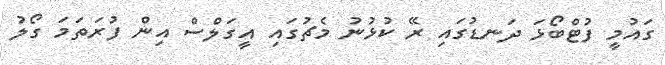
ގައުމީ ފުޓްބޯޅަ ދަނޑުގައި ރޭ ކުޅުނު މެޗުގައި އީގަލްސް އިން ފުރަތަމަ ގޯލު